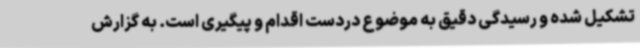
تشکیل شده و رسیدگی دقیق به موضوع دردست اقدام و پیگیری است. به گزارش